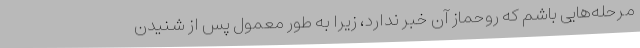
مرحله‌هایی باشم که روحماز آن خبر ندارد، زیرا به طور معمول پس از شنیدن